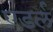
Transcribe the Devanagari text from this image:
एडर्ल